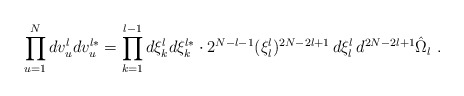
\begin{align*}\prod_{u=1}^N dv_u^ldv_u^{l*}=\prod_{k=1}^{l-1}d\xi_k^ld\xi_k^{l*}\cdot2^{N-l-1}(\xi_l^l)^{2N-2l+1}\,d\xi_l^l\,d^{2N-2l+1}\hat\Omega_l\ .\end{align*}